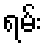
ရမ်း